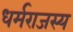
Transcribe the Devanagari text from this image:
धर्मराजस्य